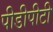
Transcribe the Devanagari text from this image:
पीडीपीटी